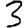
Digit: 3